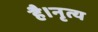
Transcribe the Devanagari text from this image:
है।नृत्य